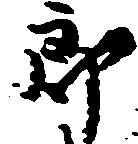
郎